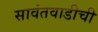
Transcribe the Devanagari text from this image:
सावंतवाडीची